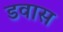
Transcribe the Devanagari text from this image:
डवास